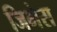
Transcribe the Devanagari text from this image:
जिभेस